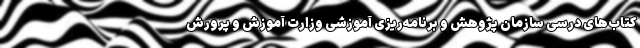
کتاب‌های درسی سازمان پژوهش و برنامه‌ریزی آموزشی­ وزارت آموزش و پرورش